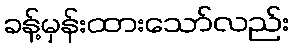
ခန့်မှန်းထားသော်လည်း